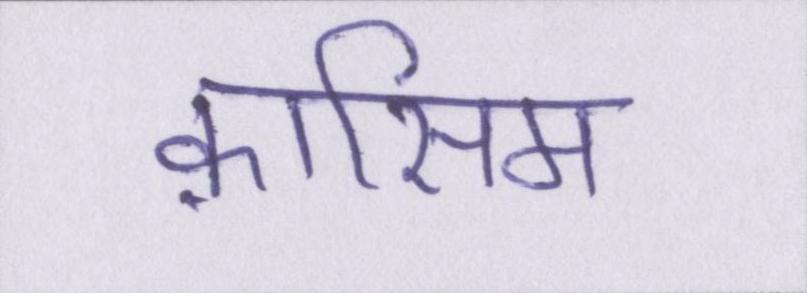
क़ासिम